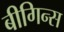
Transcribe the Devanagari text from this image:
बीगिन्स